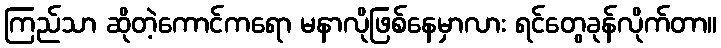
ကြည်သာ ဆိုတဲ့ကောင်ကရော မနာလိုဖြစ်နေမှာလား ရင်တွေခုန်လိုက်တာ။